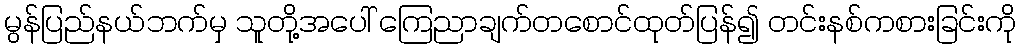
မွန်ပြည်နယ်ဘက်မှ သူတို့အပေါ် ကြေညာချက်တစောင်ထုတ်ပြန်၍ တင်းနစ်ကစားခြင်းကို